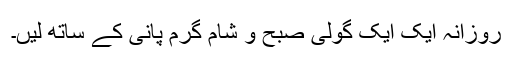
روزانہ ایک ایک گولی صبح و شام گرم پانی کے ساتھ لیں۔